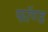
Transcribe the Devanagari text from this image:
फॉण्ड